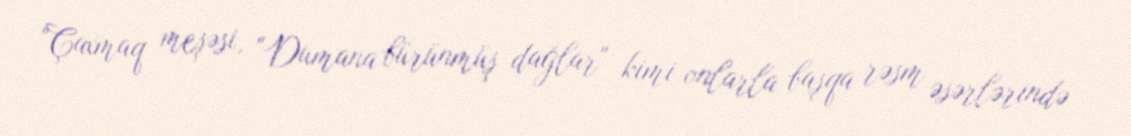
"Çaxmaq meşəsi, "Dumana bürünmüş dağlar" kimi onlarla başqa rəsm əsərlərində